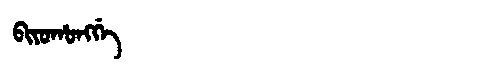
Manchu: ᠪᡳᠶᠣᡥᠣᠩᡤᡝ
Romanization: BIYOHONGGE